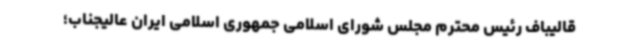
قالیباف رئیس محترم مجلس شورای اسلامی جمهوری اسلامی ایران عالیجناب؛